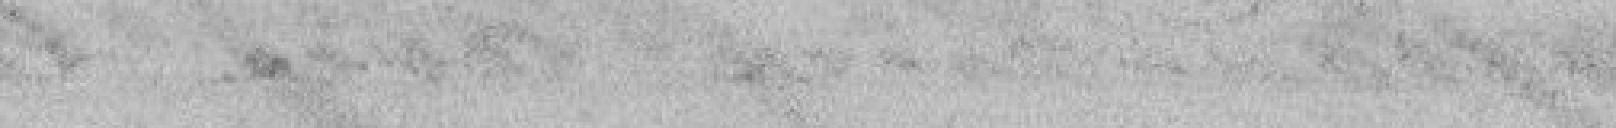
spécialement à ses habitants, soit recueille à